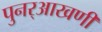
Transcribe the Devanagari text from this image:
पुनर्‌आखणी